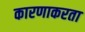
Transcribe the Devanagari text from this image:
कारणाकरता